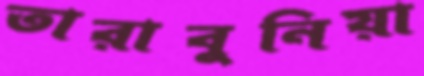
তারাবুনিয়া